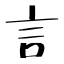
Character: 言